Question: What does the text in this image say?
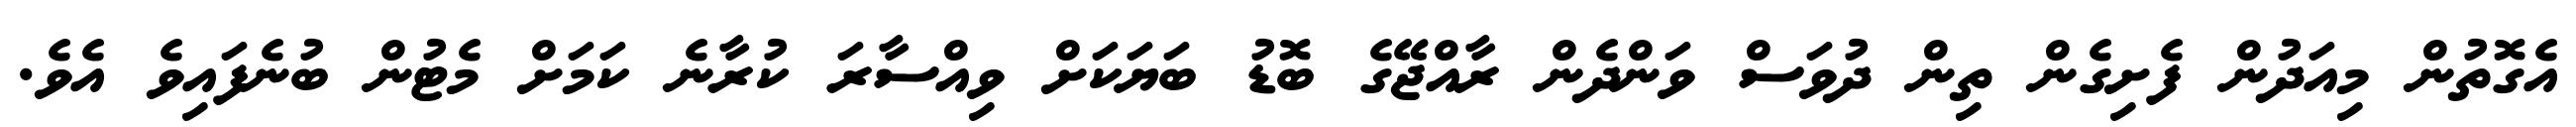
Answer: އެގޮތުން މިއަދުން ފެށިގެން ތިން ދުވަސް ވަންދެން ރާއްޖޭގެ ބޮޑު ބަޔަކަށް ވިއްސާރަ ކުރާނެ ކަމަށް މެޓުން ބުނެފައިވެ އެވެ.